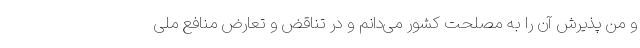
و من پذیرش آن را به مصلحت کشور می‌دانم و در تناقض و تعارض منافع ملی